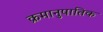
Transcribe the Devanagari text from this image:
क्रमानुपातिक